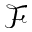
\mathcal { F }